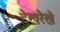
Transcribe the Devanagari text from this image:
देखरेखे